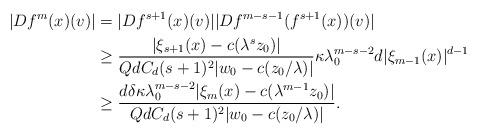
LaTeX: \begin{align*}|Df^{m}(x)(v)|&=|Df^{s+1}(x)(v)||Df^{m-s-1}(f^{s+1}(x))(v)| \\&\geq \frac{|\xi_{s+1}(x)-c(\lambda^{s}z_0)|}{QdC_d (s+1)^2 |w_0-c(z_{0}/\lambda)| } \kappa \lambda_0^{m-s-2} d|\xi_{m-1}(x)|^{d-1} \\&\geq \frac{d\delta \kappa \lambda_0^{m-s-2} |\xi_{m}(x)-c(\lambda^{m-1}z_0)|}{QdC_d (s+1)^2 |w_0-c(z_{0}/\lambda)| }.\end{align*}